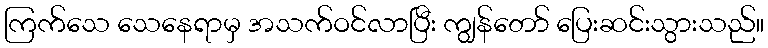
ကြက်သေ သေနေရာမှ အသက်ဝင်လာပြီး ကျွန်တော် ပြေးဆင်းသွားသည်။